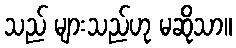
သည် များသည်ဟု မဆိုသာ။